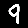
Digit: 9